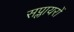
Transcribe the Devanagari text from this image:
सप्लायरों